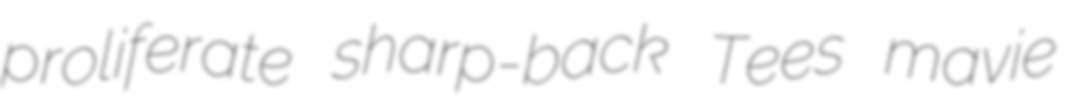
proliferate sharp-back Tees mavie